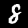
Label: 8